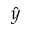
\hat { y }